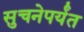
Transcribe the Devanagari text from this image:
सुचनेपर्यंत